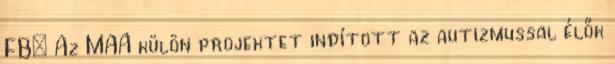
FB: Az MAA külön projektet indított az autizmussal élők